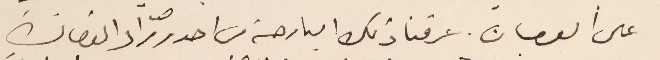
على العصيان. عرفنا ذلك البارحة من احد روّاد القصادة